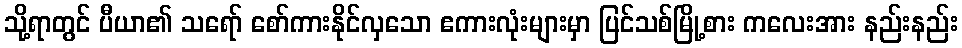
သို့ရာတွင် ပီယာ၏ သရော် စော်ကားနိုင်လှသော ဧကားလုံးများမှာ ပြင်သစ်မြို့စား ကလေးအား နည်းနည်း